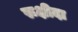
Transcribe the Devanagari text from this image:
रूक्षीदा